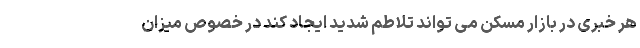
هر خبری در بازار مسکن می تواند تلاطم شدید ایجاد کند در خصوص میزان